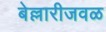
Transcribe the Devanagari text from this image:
बेल्लारीजवळ